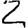
Digit: 2